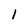
Character: l